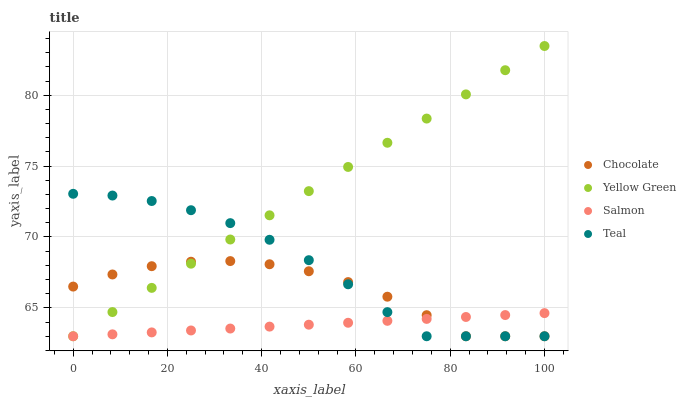
| xaxis_label | Chocolate | Yellow Green | Salmon | Teal |
 | --- | --- | --- | --- | --- |
 | 0 | 66.5 | 63 | 63 | 73 |
 | 8.33 | 67.4 | 64.7 | 63.1 | 72.9 |
 | 16.7 | 67.9 | 66.4 | 63.3 | 72.5 |
 | 25 | 68.3 | 68.1 | 63.4 | 71.9 |
 | 33.3 | 68.3 | 69.8 | 63.5 | 71 |
 | 41.7 | 68.1 | 71.5 | 63.7 | 69.8 |
 | 50 | 67.6 | 73.2 | 63.8 | 68.4 |
 | 58.3 | 66.8 | 74.9 | 64 | 66.7 |
 | 66.7 | 65.8 | 76.6 | 64.1 | 64.7 |
 | 75 | 64.5 | 78.4 | 64.2 | 63 |
 | 83.3 | 63 | 80.1 | 64.4 | 63 |
 | 91.7 | 63 | 81.8 | 64.5 | 63 |
 | 100 | 63 | 83.5 | 64.6 | 63 |